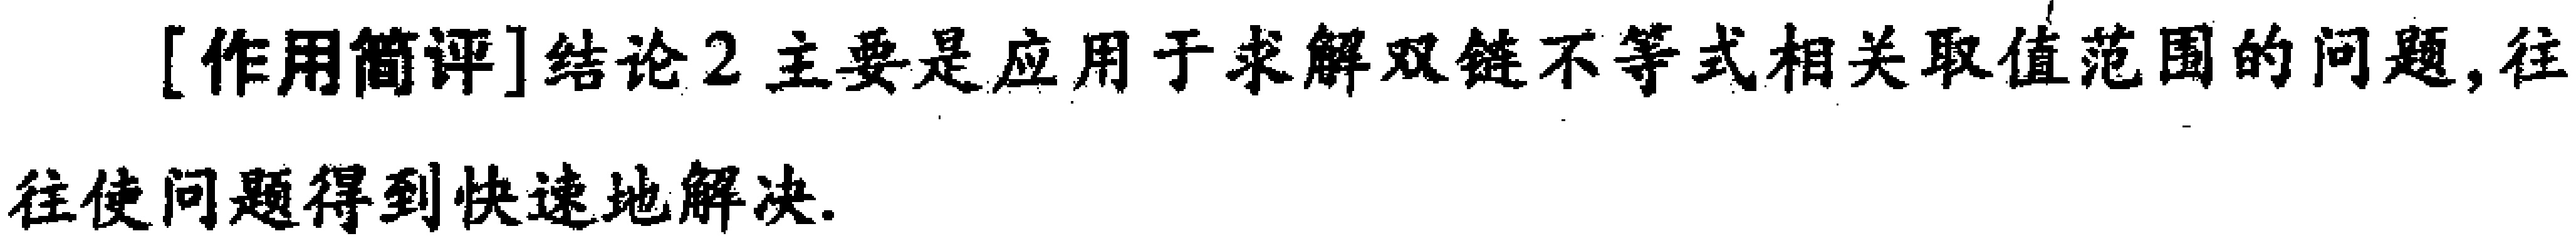
[作用简评]结论2主要是应用于求解双链不等式相关取值范围的问题,往往使问题得到快速地解决.